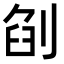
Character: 𠜼